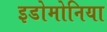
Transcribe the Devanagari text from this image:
इडोमोनिया